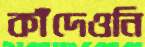
কাঁদেওনি